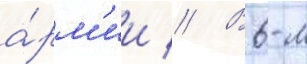
а́рм'ии // В 6-м